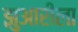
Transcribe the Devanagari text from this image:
झुआरीला